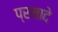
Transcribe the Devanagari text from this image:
प्रमादे